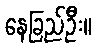
နေခြည်ဦး။